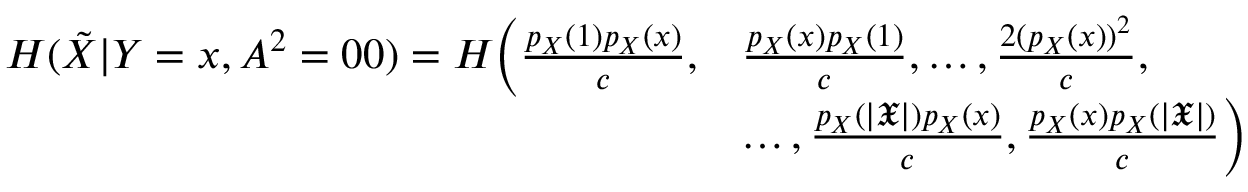
\begin{array} { r l } { H ( \Tilde { { X } } | { Y } = x , { A } ^ { 2 } = 0 0 ) = H \Big ( \frac { p _ { X } ( 1 ) p _ { X } ( x ) } { c } , } & { \frac { p _ { X } ( x ) p _ { X } ( 1 ) } { c } , \dots , \frac { 2 ( p _ { X } ( x ) ) ^ { 2 } } { c } , } \\ & { \dots , \frac { p _ { X } ( | \mathfrak { X } | ) p _ { X } ( x ) } { c } , \frac { p _ { X } ( x ) p _ { X } ( | \mathfrak { X } | ) } { c } \Big ) } \end{array}